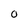
Character: O